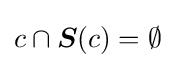
c\cap {\boldsymbol {S}}(c)=\emptyset